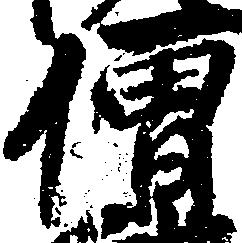
僧